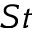
S t